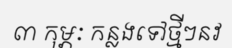
៣ កុម្ភៈ កន្លងទៅថ្មីៗនវ